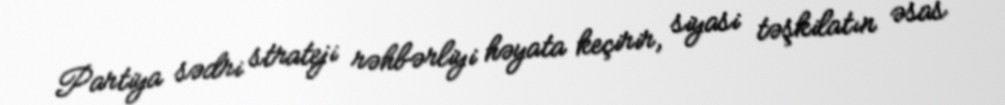
Partiya sədri strateji rəhbərliyi həyata keçirir, siyasi təşkilatın əsas